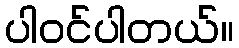
ပါဝင်ပါတယ်။